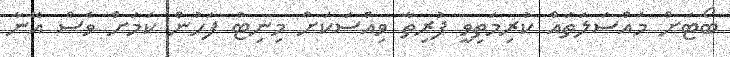
ބޯޓަށް މައްސަލަތައް ކުރިމަތިވީ ފުރިތާ ވިއްސަކަށް މިނިޓު ފަހުން ކަމަށް ވެސް އޭނާ